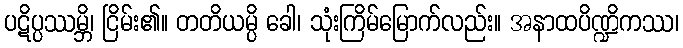
ပဋိပ္ပဿမ္ဘိ၊ ငြိမ်း၏။ တတိယမ္ပိ ခေါ၊ သုံးကြိမ်မြောက်လည်း။ အနာထပိဏ္ဍိကဿ၊